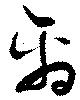
禽